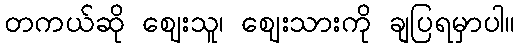
တကယ်ဆို ဈေးသူ၊ ဈေးသားကို ချပြရမှာပါ။